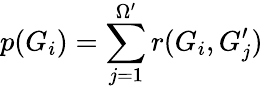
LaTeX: p(G_{i})=\sum_{j=1}^{\Omega^{\prime}}r(G_{i},G_{j}^{\prime})